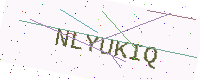
Text: NLYUKIQ